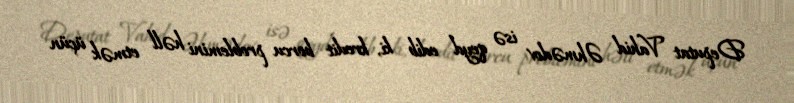
Deputat Vahid Əhmədov isə qeyd edib ki, kredit borcu problemini həll etmək üçün